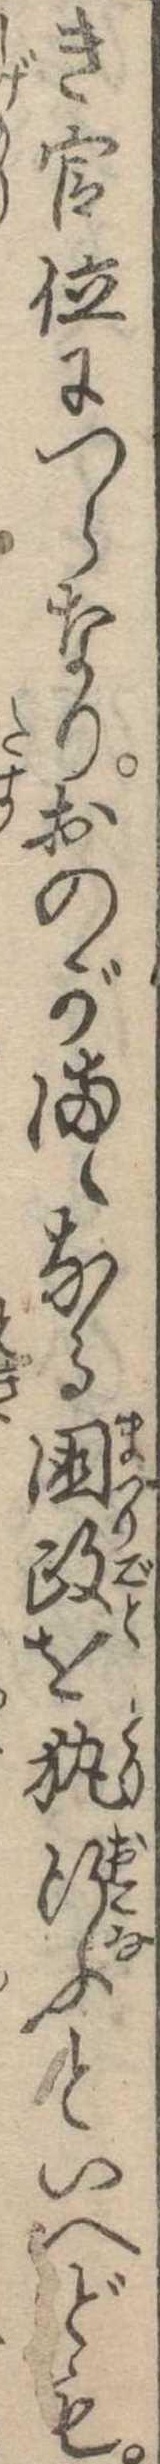
き官位につらなりおのがまゝなる国政を執行ふといへども